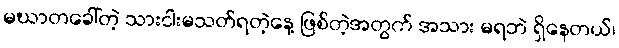
မဃာတခေါ်တဲ့ သားငါးမသတ်ရတဲ့နေ့ ဖြစ်တဲ့အတွက် အသား မရဘဲ ရှိနေတယ်၊